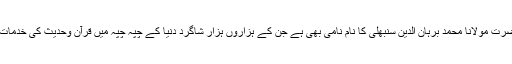
ان شخصیات میں حضرت مولانا محمد برہان الدین سنبھلی کا نام نامی بھی ہے جن کے ہزاروں ہزار شاگرد دنیا کے چپہ چپہ میں قرآن وحدیث کی خدمات انجام دے رہے ہیں۔